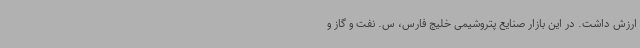
ارزش داشت. در این بازار صنایع پتروشیمی خلیج فارس، س. نفت و گاز و